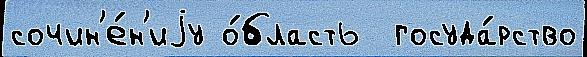
сочин'е́н'иjу о́бласть  госуда́рство